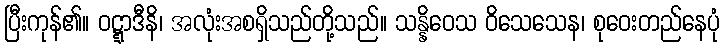
ပြီးကုန်၏။ ဝဋ္ဋာဒီနိ၊ အလုံးအစရှိသည်တို့သည်။ သန္နိဝေသ ဝိသေသေန၊ စုဝေးတည်နေပုံ